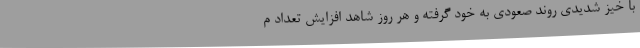
با خیز شدیدی روند صعودی به خود گرفته و هر روز شاهد افزایش تعداد م